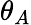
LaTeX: \theta_{A}